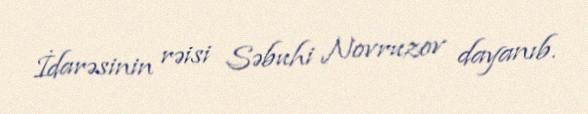
İdarəsinin rəisi Səbuhi Novruzov dayanıb.